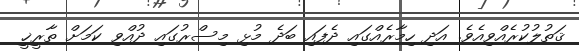
ޤަތުލުކުރެއްވިއެވެ. އަދި ހިމާރެއްގައި ދެފައި ބަދެ މުޅި މިސްރުގައި ދުއްވި ކަމަށް ތާރީޚީ